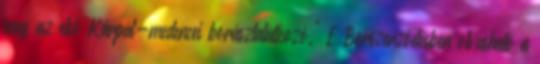
meg az első Kárpát-medencei borásztalálkozó." E Borszerződésben olvasható a